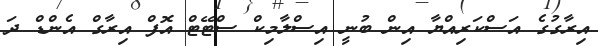
އިރާގުގެ އަސްކަރިއްޔާ އިން ބުނީ އިސްލާމިކް ސްޓޭޓް އޮފް އިރާގް އެންޑް ދަ